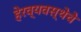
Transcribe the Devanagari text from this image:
हेरव्यवस्थेचे